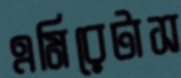
এমিরেটাস